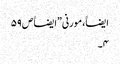
ایضاََ، مورنی”ایضاََ ص ۵۹
۴۔